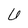
Character: 6